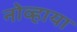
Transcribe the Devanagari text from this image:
नोव्हाया